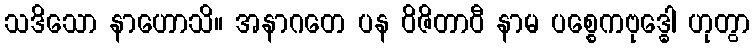
သဒိသော နာဟောသိ။ အနာဂတေ ပန ဝိဇိတာဝီ နာမ ပစ္စေကဗုဒ္ဓေါ ဟုတွာ